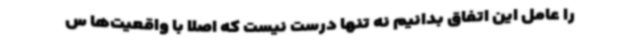
را عامل این اتفاق بدانیم نه تنها درست نیست که اصلا با واقعیت‌ها س